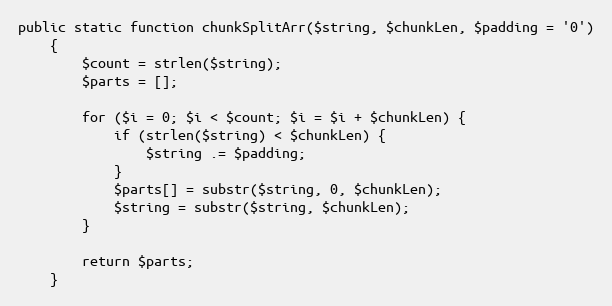
Language: PHP
public static function chunkSplitArr($string, $chunkLen, $padding = '0')
    {
        $count = strlen($string);
        $parts = [];

        for ($i = 0; $i < $count; $i = $i + $chunkLen) {
            if (strlen($string) < $chunkLen) {
                $string .= $padding;
            }
            $parts[] = substr($string, 0, $chunkLen);
            $string = substr($string, $chunkLen);
        }

        return $parts;
    }